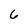
Character: 6